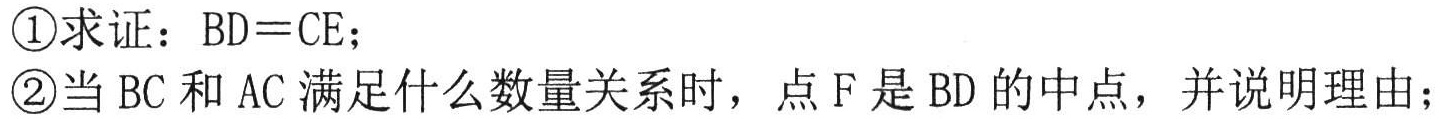
\textcircled{1}求证：\(BD = CE\)；

\textcircled{2}当\(BC\)和\(AC\)满足什么数量关系时，点\(F\)是\(BD\)的中点，并说明理由；